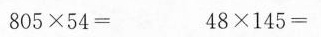
$$8 0 5 \times 5 4 =$$ $$4 8 \times 1 4 5 =$$